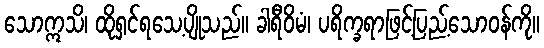
သောဣသိ၊ ထိုရှင်ရသေ့ပျိုသည်။ ခါရီဝိမံ၊ ပရိက္ခရာဖြင့်ပြည့်သောဝန်ကို။